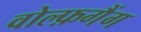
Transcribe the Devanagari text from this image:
वोल्फ़गैंग